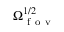
\Omega _ { \mathrm { ~ f ~ o ~ v ~ } } ^ { 1 / 2 }